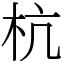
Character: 杭